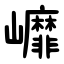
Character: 㠧